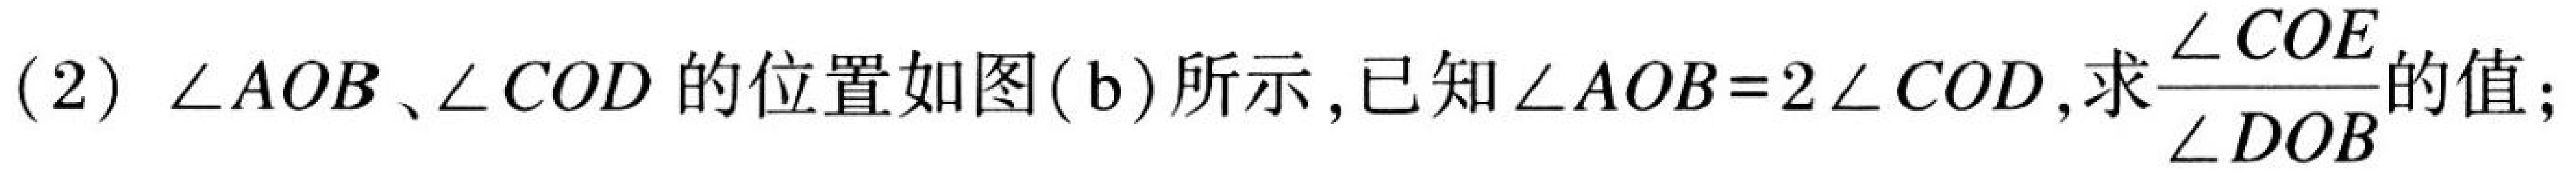
(2) \(\angle AOB\)、\(\angle COD\) 的位置如图(b)所示,已知\(\angle AOB = 2\angle COD\),求\(\frac{\angle COE}{\angle DOB}\)的值;